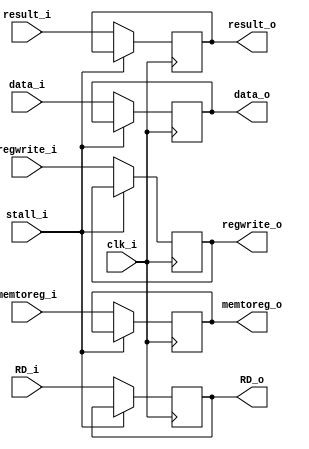
module MEM_WB
(
    clk_i,
    memtoreg_i,
    regwrite_i,
    data_i,
    result_i,
    RD_i,
    stall_i,
    memtoreg_o,
    regwrite_o,
    data_o,
    result_o,
    RD_o,
);

input				clk_i;
input				memtoreg_i;
input				regwrite_i;
input				stall_i;
input [31:0]		result_i;
input [31:0]		data_i;
input [4:0]			RD_i;

output reg			memtoreg_o = 1'b0;
output reg			regwrite_o = 1'b0;
output reg [31:0]	result_o = 32'b0;
output reg [31:0]	data_o = 32'b0;
output reg [4:0]	RD_o = 5'b0;

always@(posedge clk_i) begin
    if (stall_i) begin
    end
    else begin
        memtoreg_o <= memtoreg_i;
        if(regwrite_i == 1'b1 || regwrite_i == 1'b0) begin
            regwrite_o	<= regwrite_i;
            RD_o		<= RD_i;
            data_o		<= data_i;
            result_o	<= result_i;
        end
    end
end
endmodule